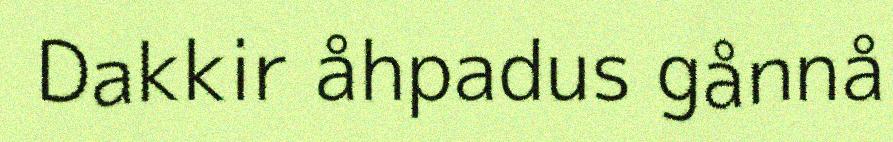
Dakkir åhpadus gånnå